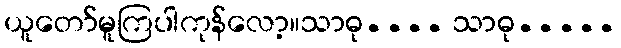
ယူတော်မူကြပါကုန်လော့။သာဓု.... သာဓု.....